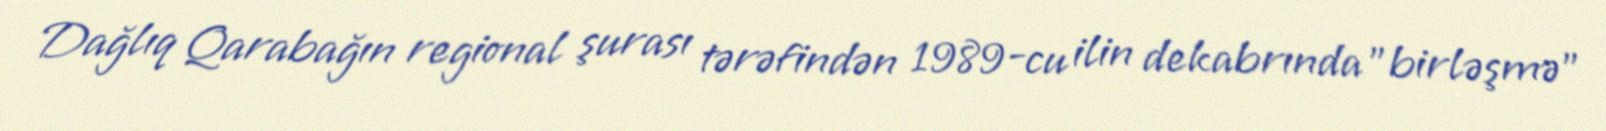
Dağlıq Qarabağın regional şurası tərəfindən 1989-cu ilin dekabrında "birləşmə"